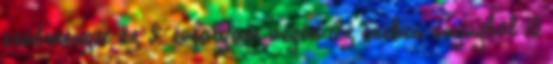
eredményei az 5. évfolyam végén Az énekes anyagból 10